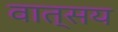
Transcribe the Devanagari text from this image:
वात्सय